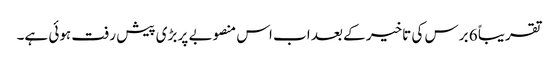
تقریباً 6 برس کی تاخیر کے بعد اب اس منصوبے پر بڑی پیش رفت ہوئی ہے۔